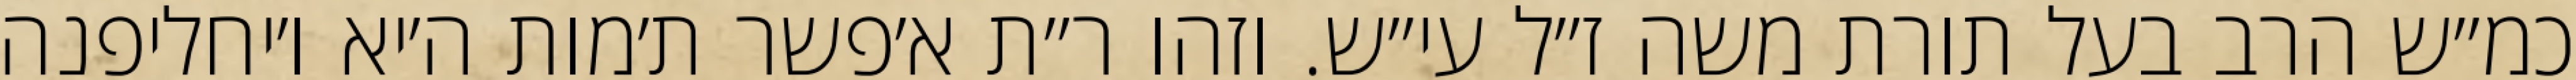
כמ״ש הרב בעל תורת משה ז״ל עי״ש. וזהו ר״ת א׳פשר ת׳מות ה׳יא ו׳יחליפנה